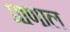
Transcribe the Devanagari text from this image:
प्राणाल